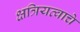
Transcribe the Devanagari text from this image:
क्षत्रियत्वाचे